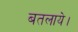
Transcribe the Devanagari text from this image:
बतलाये।